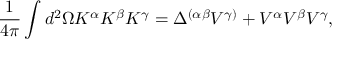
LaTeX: \frac { 1 } { 4 \pi } \int d ^ { 2 } \Omega K ^ { \alpha } K ^ { \beta } K ^ { \gamma } = \Delta ^ { ( \alpha \beta } V ^ { \gamma ) } + V ^ { \alpha } V ^ { \beta } V ^ { \gamma } ,